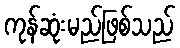
ကုန်ဆုံးမည်ဖြစ်သည်